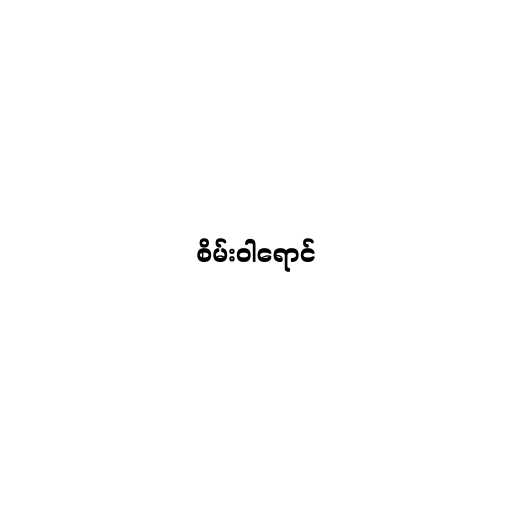
စိမ်းဝါရောင်